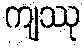
ကျဿု